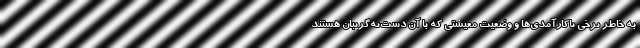
به خاطر برخی ناکارآمدی‌ها و وضعیت معیشتی که با آن دست‌به‌گریبان هستند